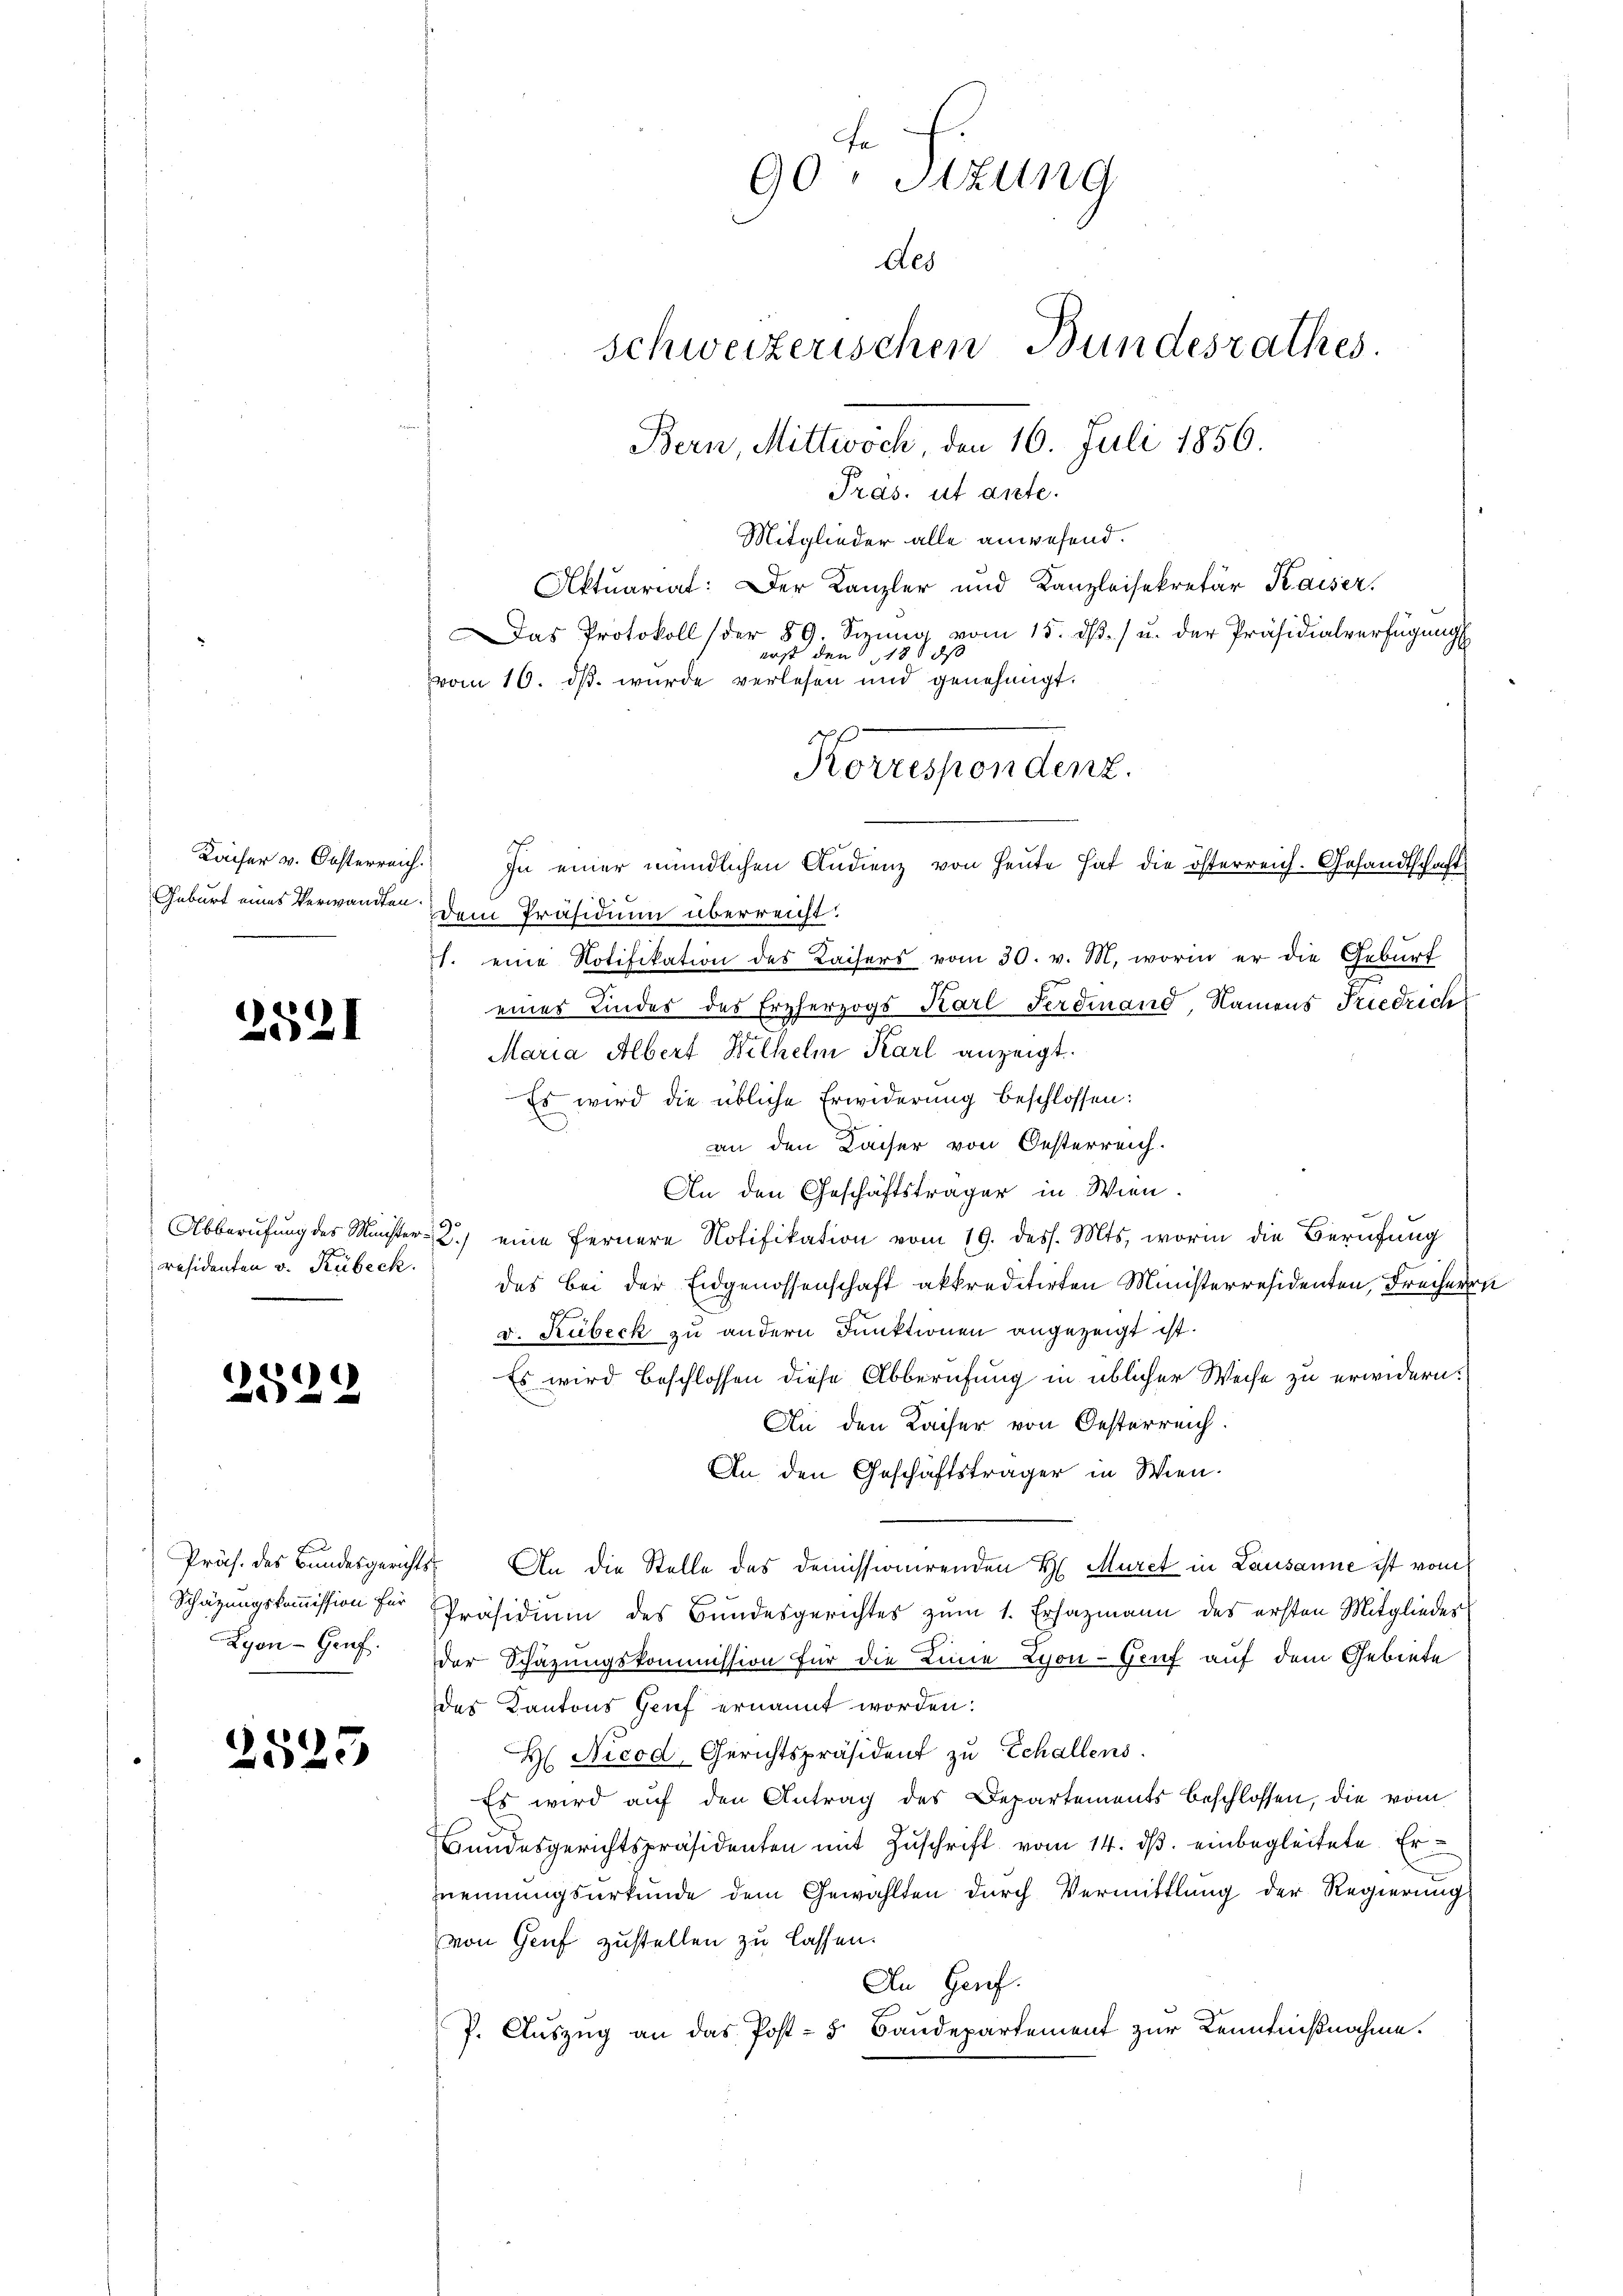
Kaiser v. Oesterreich.
Geburt eines Verwandten.

2521

räsidenten v. Kübeck.

)
)

Präs. des Bundesgerichts
Schätzungskommission für
Lyon - Genf.

2523

90, Sitzung
Als
schweizerischen Bundesrathes.
Bern, Mittwoch 16. Juli 1856.
Pras. ut ante.

Mitglieder alle anwesend.
Aktuariat: Der Kanzler und Kanzleisekretär Kaiser.
Das Protokoll (der 89. Sizŭng vom 15. dβ. / u. der Präsidialverfügŭngs
erst den 188 ds
vom 16. ds. wurde verlesen und genehmigt.
 In einer mündlichen Andienz von Heute hat die österreich. Gesandtschaft
dem Präsidium überreicht.
1. eine Notifikation des Kaisers vom 30. v. M. worin er die Geburf
eines Kindes des Erzherzogs Karl Ferdinand Namens Friedrich
Maria Albert Wilhelm Karl anzeigt.
Es wird die übliche Erwiderung beschlossen:
an den Kaiser von Oesterreich.
An den Geschäftsträger in Wien.
Abberufung des Münster 2.) eine fernere Notifikation vom 19. dess. Mts., worin die Berufung
das bei der Eidgenossenschaft akkreditirten Ministerresidenten, Freiherrn
v. Kübeck zu andern dunktionen angezeigt ist.
Es wird beschlossen diese Abberufung in üblicher Weise zu erwidern:
An den Kaiser von Oesterreich.
An den Geschäftsträger in Wien.
 An die Stelle des demissionirenden H. Müret in Lausanne ist vom
Präsidium des Bundesgerichtes zum 1. Ersazmann des ersten Mitgliederder Schazungskommission für die Linie Lyon - Genf auf dem Gebiete
des Kantons Genf ernannt worden:
H. Nicod, Gerichtspräsident zu Echallens.
Es wird auf den Antrag des Departements beschlossen, die vom
Bundesgerichtspräsidenten mit Zŭschrift vom 14. dβ einbegleitete Ernennungsurkunde dem Gewählten durch Vermittlung der Regierung
von Genf zustellen zu lassen.
An Genf.
7. Auszug an das Post- & Baudepartement zur Kenntnißnahme.

Koruspendent.